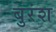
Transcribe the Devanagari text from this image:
बुरंश